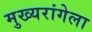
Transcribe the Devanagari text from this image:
मुख्यरांगेला